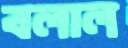
বলাল